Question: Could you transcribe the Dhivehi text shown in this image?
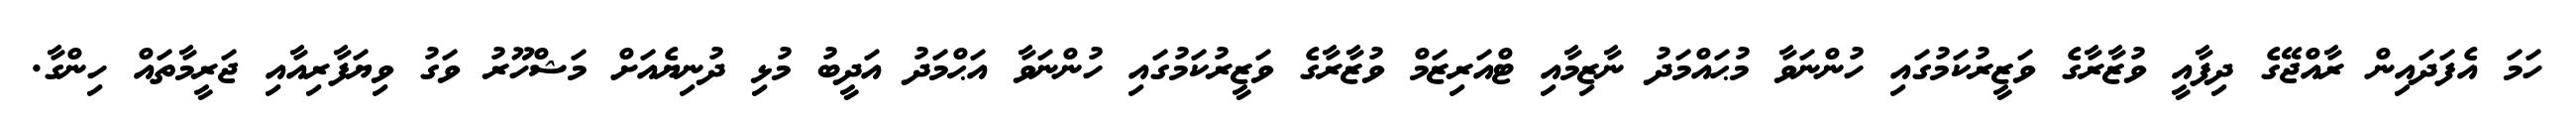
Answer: ހަމަ އެފަދައިން ރާއްޖޭގެ ދިފާއީ ވުޒާރާގެ ވަޒީރުކަމުގައި ހުންނަވާ މުޙައްމަދު ނާޒިމާއި ޓްއަރިޒަމް ވުޒާރާގެ ވަޒީރުކަމުގައި ހުންނަވާ އަޙްމަދު އަދީބު މުޅި ދުނިޔެއަށް މަޝްހޫރު ވަގު ވިޔަފާރިއާއި ޖަރީމާތައް ހިންގާ.